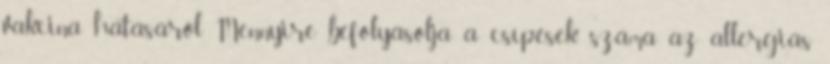
vakcina hatásáról. Mennyire befolyásolja a csípések száma az allergiás